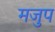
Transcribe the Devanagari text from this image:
मजुप